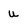
Character: u